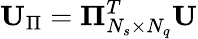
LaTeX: \mathbf{U}_{\Pi}=\mathbf{\Pi}_{N_{s}\times N_{q}}^{T}\mathbf{U}